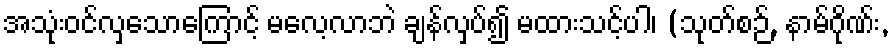
အသုံးဝင်လှသောကြောင့် မလေ့လာဘဲ ချန်လှပ်၍ မထားသင့်ပါ၊ (သုတ်စဉ်, နာမ်ဂိုဏ်း,